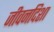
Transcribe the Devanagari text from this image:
जीवनदिशा